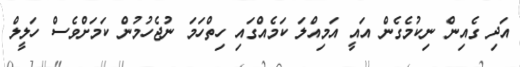
އަދި ގެއިން ނިކުމެގެން އައީ އަމިއްލަ ކަމެއްގައި ހިތްހަމަ ނުޖެހުމުން ކަމަށްވެސް ހަލީލް